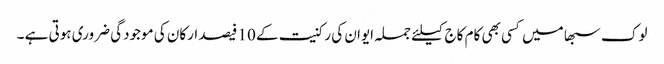
لوک سبھا میں کسی بھی کام کاج کیلئے جملہ ایوان کی رکنیت کے 10 فیصد ارکان کی موجودگی ضروری ہوتی ہے ۔